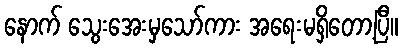
နောက် သွေးအေးမှသော်ကား အရေးမရှိတော့ပြီ။